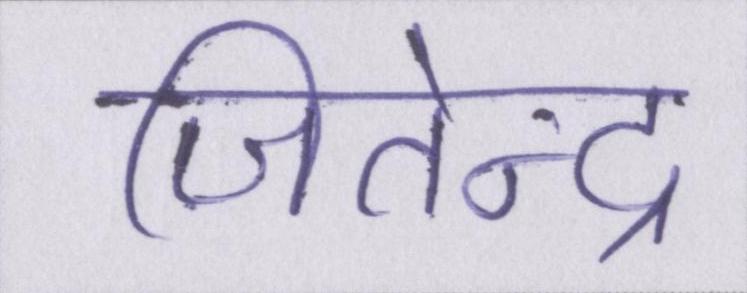
जितेन्द्र